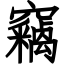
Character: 竊